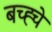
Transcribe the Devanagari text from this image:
बच्ह्चे